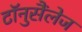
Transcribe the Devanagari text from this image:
टॉनुसैंलेज